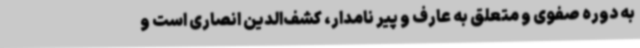
به دوره صفوی و متعلق به عارف و پیر نامدار، کشف‌الدین انصاری است و